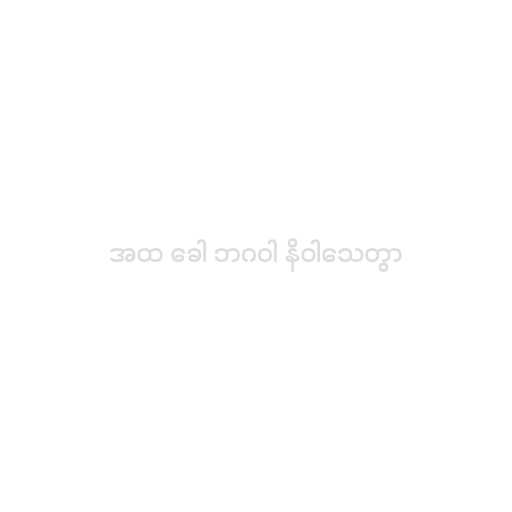
အထ ခေါ ဘဂဝါ နိဝါသေတွာ